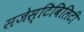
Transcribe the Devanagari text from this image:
सजेस्टिबिलिटी